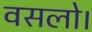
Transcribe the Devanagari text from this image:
वसलो।